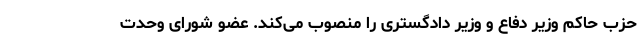
حزب حاکم وزیر دفاع و وزیر دادگستری را منصوب می‌کند. عضو شورای وحدت